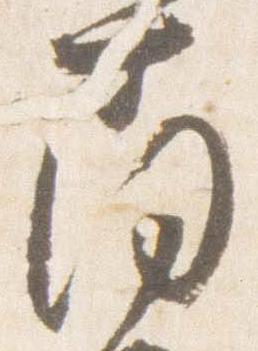
南